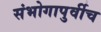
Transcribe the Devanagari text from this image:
संभोगापुर्वीच